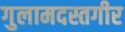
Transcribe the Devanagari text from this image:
गुलामदस्तगीर